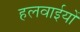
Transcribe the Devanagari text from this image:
हलवाईयों